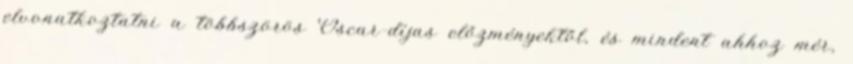
elvonatkoztatni a többszörös Oscar-díjas előzményektől, és mindent ahhoz mér,